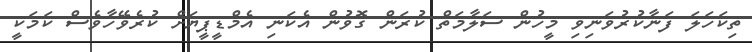
ތިކަހަލަ ފަނާކުރުވަނިވި މީހުން ސަލާމަތް ކުރަން ގޮވުން އެކަނި އެމްޑީޕީޔަށް ކުރެވޭހާވެސް ކަމަކީ